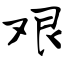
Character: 艰